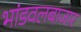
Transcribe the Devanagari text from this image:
भांडवलबाजार